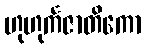
ဟုဟုင်္ကဇာတိကော